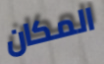
المكان